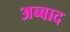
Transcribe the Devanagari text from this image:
अब्बाद